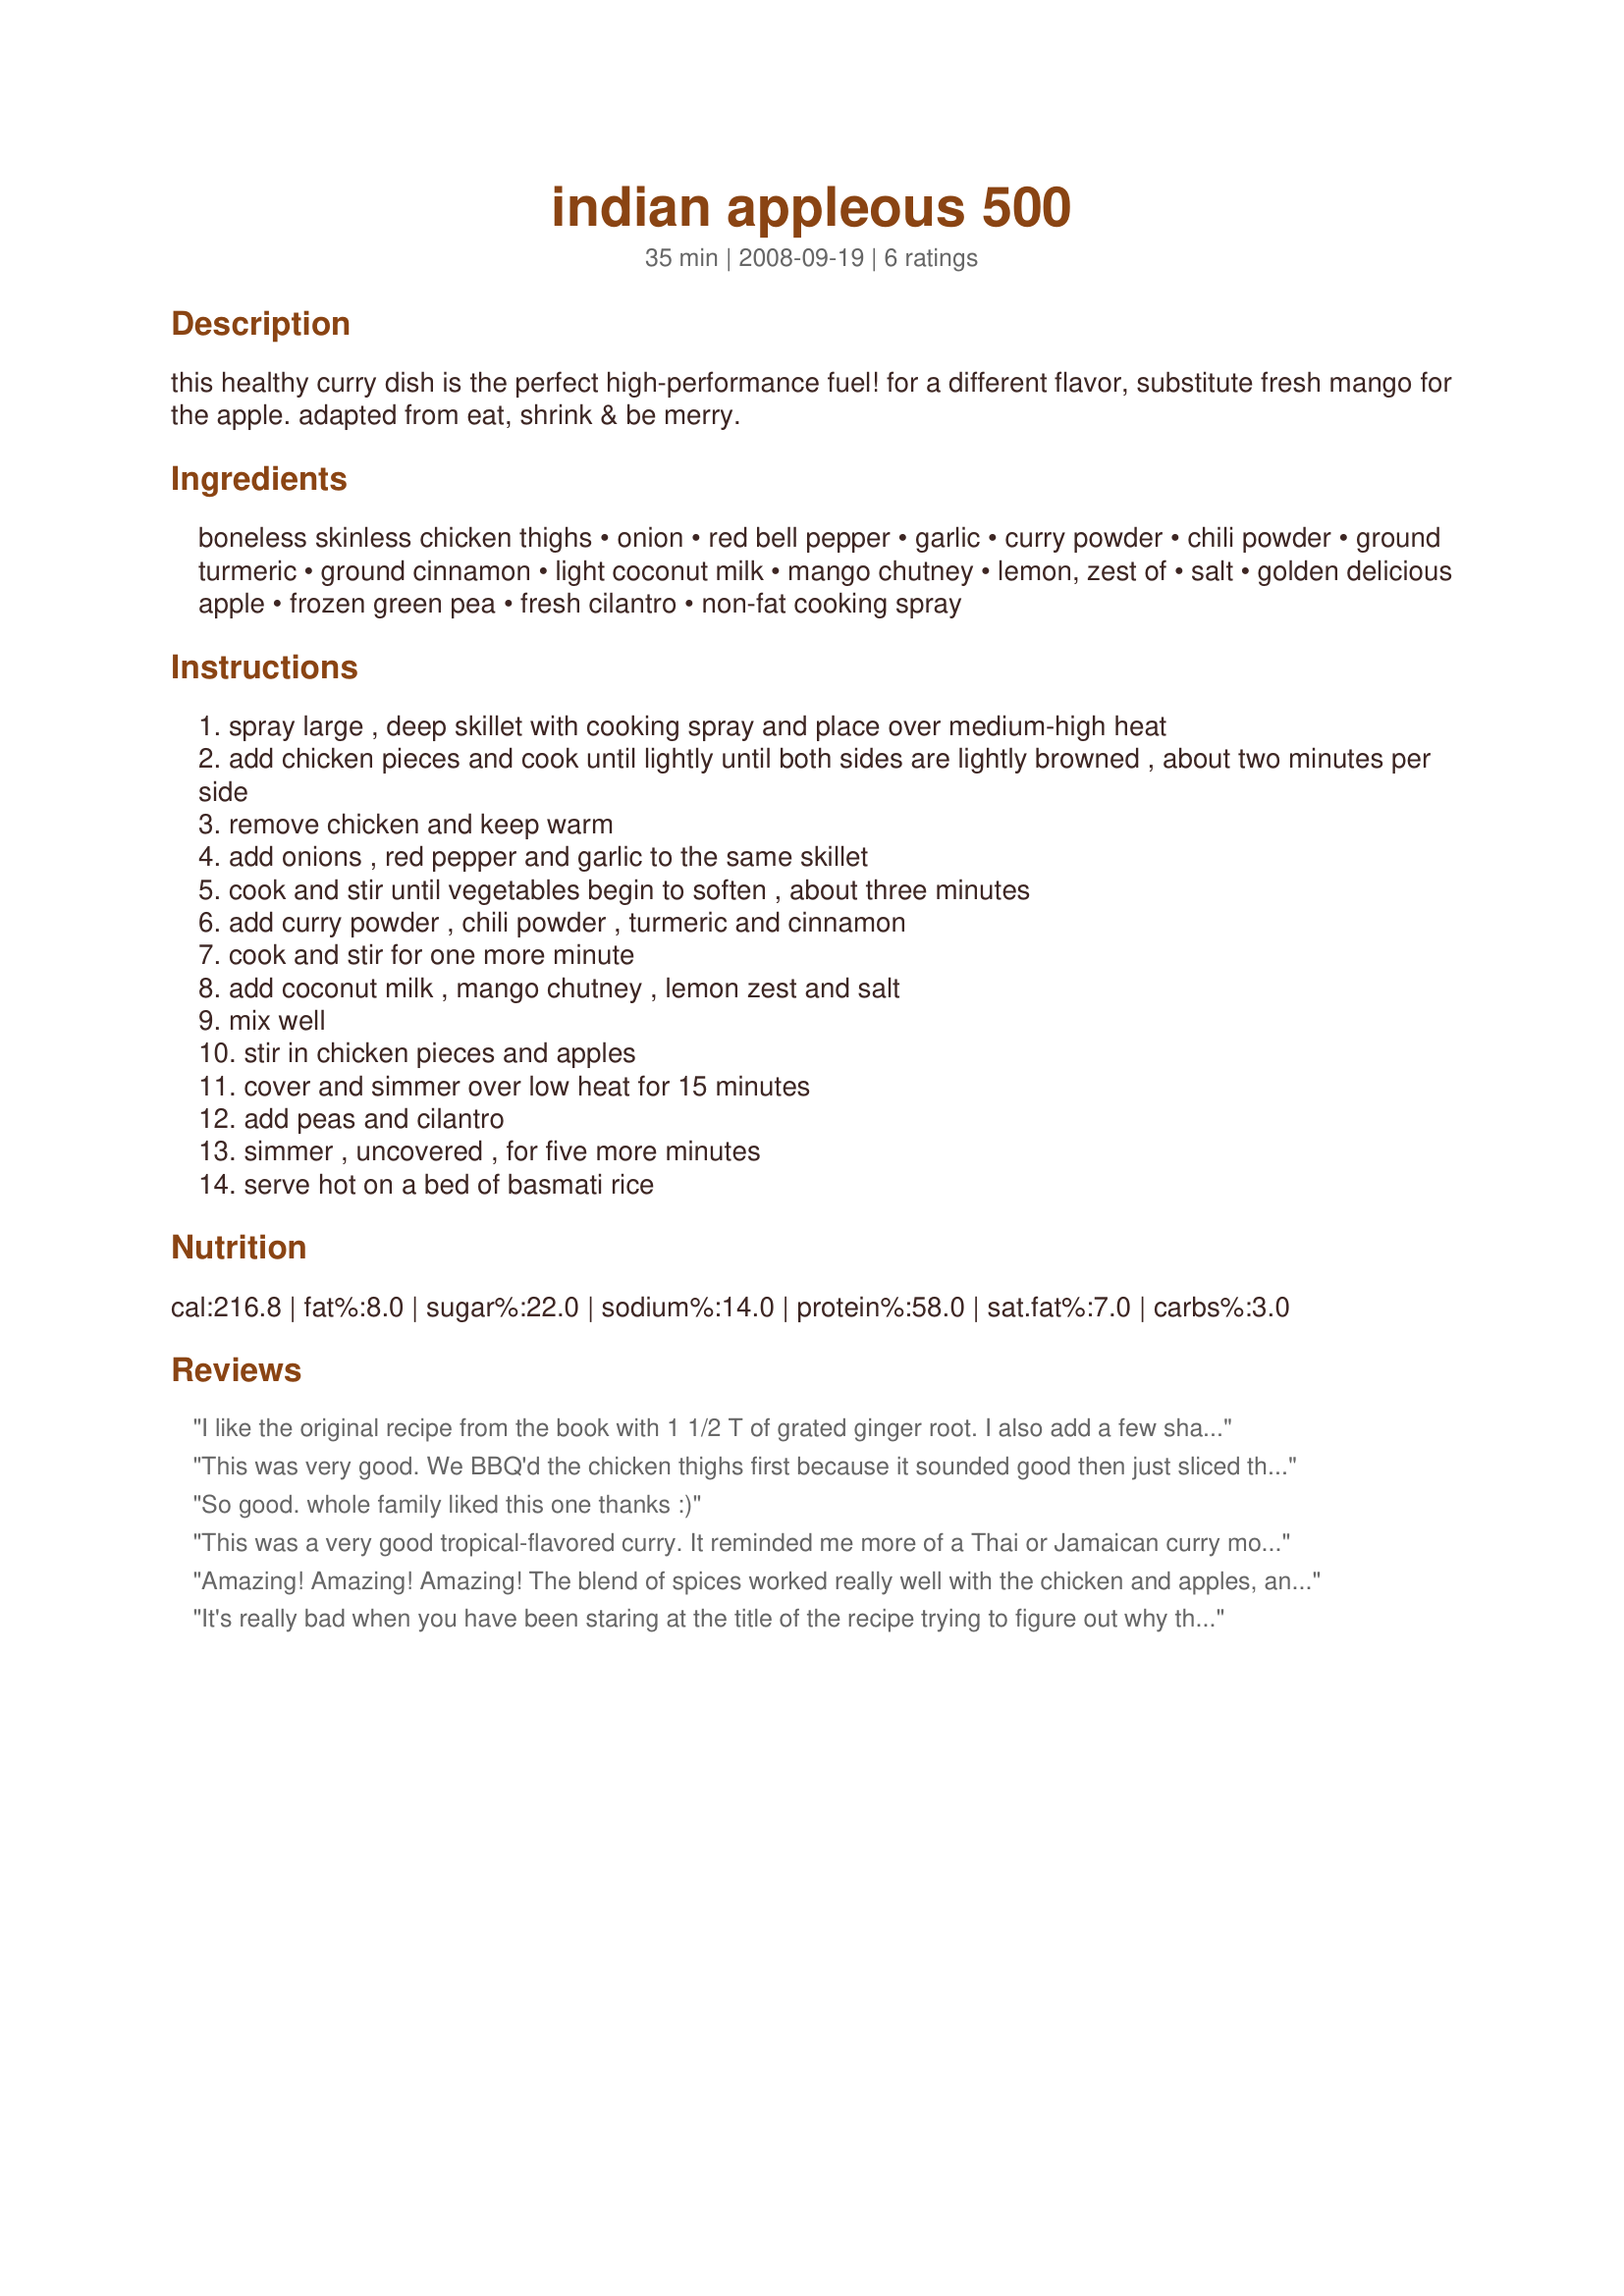
indian appleous 500
Preparation time: 35 minutes

this healthy curry dish is the perfect high-performance fuel! for a different flavor, substitute fresh mango for the apple. adapted from eat, shrink & be merry.

Ingredients:
boneless skinless chicken thighs, onion, red bell pepper, garlic, curry powder, chili powder, ground turmeric, ground cinnamon, light coconut milk, mango chutney, lemon, zest of, salt, golden delicious apple, frozen green pea, fresh cilantro, non-fat cooking spray

Steps:
spray large , deep skillet with cooking spray and place over medium-high heat
add chicken pieces and cook until lightly until both sides are lightly browned , about two minutes per side
remove chicken and keep warm
add onions , red pepper and garlic to the same skillet
cook and stir until vegetables begin to soften , about three minutes
add curry powder , chili powder , turmeric and cinnamon
cook and stir for one more minute
add coconut milk , mango chutney , lemon zest and salt
mix well
stir in chicken pieces and apples
cover and simmer over low heat for 15 minutes
add peas and cilantro
simmer , uncovered , for five more minutes
serve hot on a bed of basmati rice

Reviews:
I like the original recipe from the book with 1 1/2 T of grated ginger root. I also add a few shakes of red pepper flakes for added heat and I put on Jasmine Rice cuz I like the taste best with this dish.
This was very good. We BBQ'd the chicken thighs first because it sounded good then just sliced the chicken and threw it all in to simmer for 15 minutes. I liked the extra flavor but still needed to add a pinch more spice as it was a little flat. Maybe next time I'll put in less coconut milk and more chutney.
So good. whole family liked this one thanks :)
This was a very good tropical-flavored curry. It reminded me more of a Thai or Jamaican curry more than an Indian one, but I like curries of all kinds anyway. Instead of using chicken thighs, I diced some chicken tenders that I had in the freezer. I also added minced ginger and a chopped serrano pepper in with the onions. I went with a mango instead of an apple in here, and liked it.
Amazing! Amazing! Amazing! The blend of spices worked really well with the chicken and apples, and the coconut milk. Nothing was overwhelming, but you could still taste everything very well, which is just awesome! Will be making this again!
It's really bad when you have been staring at the title of the recipe trying to figure out why the recipe is called this and then, pow, it hit you right between the eyes. Thats how this curry is - you think it's one thing and it turns into something else. Made some changes - no mango chutney so I added orange marmalade from Scotland I had leftover in the fridge and left the lemon zest off since the marmalade has its own zest of sorts. Was out of apples (winter and high prices, ya know) so I threw in some applesauce for thickening like my favorite japanese curry does. I let it do its thing on the stove and, voila, magic!!
